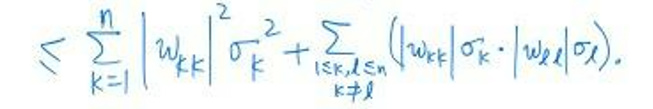
\( < \sum_{k = 1}^{n}\frac{1}{2}|w_{k}|^{2}\sigma_{k}^{2}+\sum_{\substack{1\leq k,l\leq n\\k\neq l}}(|w_{k}|\sigma_{k}\cdot|w_{l}|\sigma_{l}) \)